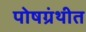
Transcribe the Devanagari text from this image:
पोषग्रंथीत